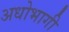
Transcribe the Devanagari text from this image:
अधोभागी